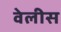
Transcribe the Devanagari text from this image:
वेलीस